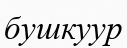
бушкуур